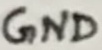
Text: GND